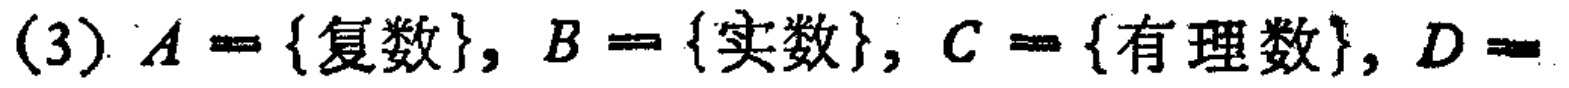
(3) \(A = \{复数\}, B = \{实数\}, C = \{有理数\}, D =\)